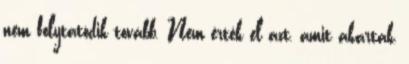
nem folytatódik tovább. Nem érték el azt, amit akartak,